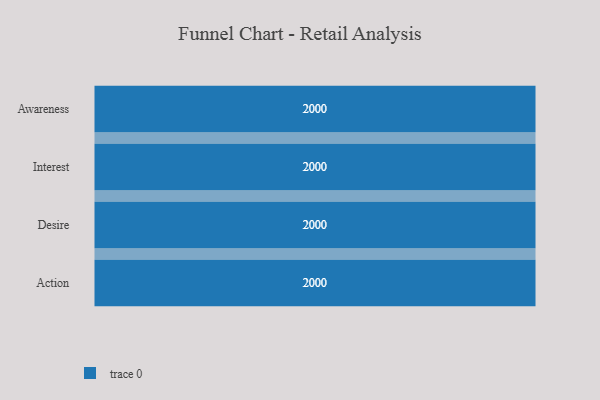
{"axis": {"x": "Stage", "y": "Value"}, "legend": [""], "data": [{"x": "Awareness", "y": 2000, "type": ""}, {"x": "Interest", "y": 2000, "type": ""}, {"x": "Desire", "y": 2000, "type": ""}, {"x": "Action", "y": 2000, "type": ""}]}